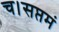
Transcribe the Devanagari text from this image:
च।सप्तमं